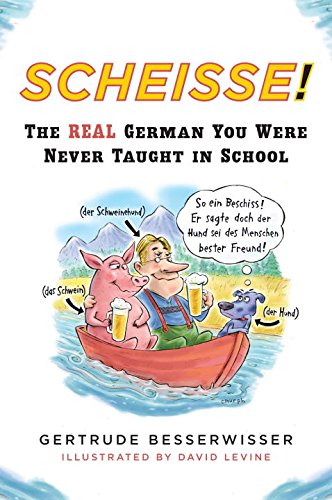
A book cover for Scheisse! The Real German You Were Never Taught in School; Gertrude Besserwisser; Reference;